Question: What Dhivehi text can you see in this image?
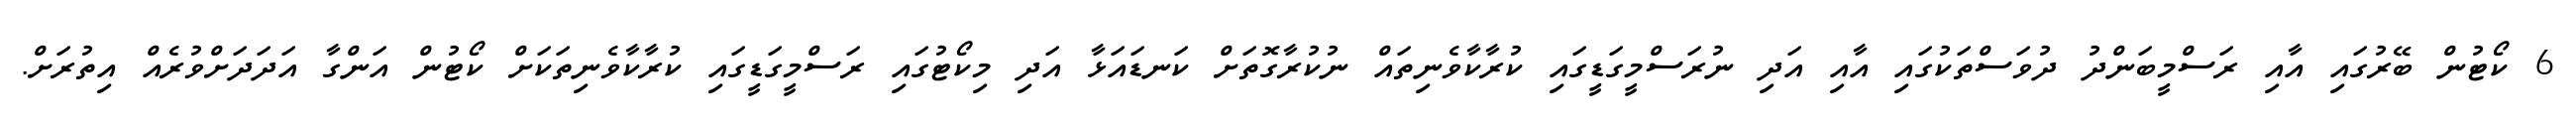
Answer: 6 ކޯޓުން ބޭރުގައި އާއި ރަސްމީބަންދު ދުވަސްތަކުގައި އާއި އަދި ނުރަސްމީގަޑީގައި ކުރާކާވެނިތައް ނުކުރާގޮތަށް ކަނޑައަޅާ އަދި މިކޯޓުގައި ރަސްމީގަޑީގައި ކުރާކާވެނިތަކަށް ކޯޓުން އަންގާ އަދަދަށްވުރެއް އިތުރަށް.